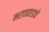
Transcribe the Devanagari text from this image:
मराठवाडाचे